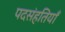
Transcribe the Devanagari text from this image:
पदसंहतियाँ